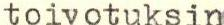
toivotuksin